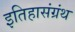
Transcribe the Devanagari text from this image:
इतिहासंग्रंथ